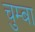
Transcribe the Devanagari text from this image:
चुम्बा